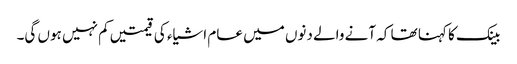
بینک کا کہنا تھا کہ آنے والے دنوں میں عام اشیاء کی قیمتیں کم نہیں ہوں گی۔